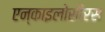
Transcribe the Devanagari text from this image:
एन्काइलोसौरस